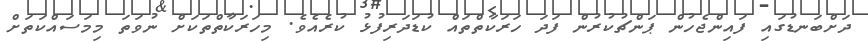
ދަށްބަނޑުގައި ފައިންޖެހުން ޕަންޗުކުރުން ފަދަ ހަރަކާތްތައް ކުޑަދަރިފުޅު ކުރެއެވެ. މިހަރަކާތްތަކަށް ނުވަތަ މިމަސައްކަތަށް